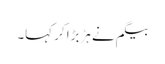
بیگم نے ہڑبڑا کر کہا۔